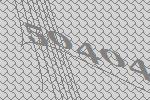
50404